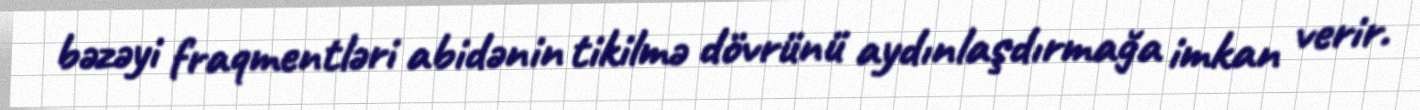
bəzəyi fraqmentləri abidənin tikilmə dövrünü aydınlaşdırmağa imkan verir.